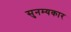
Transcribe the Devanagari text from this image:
सुनम्यकार